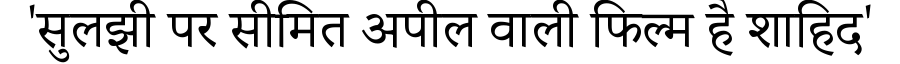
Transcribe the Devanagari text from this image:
'सुलझी पर सीमित अपील वाली फिल्म है शाहिद'